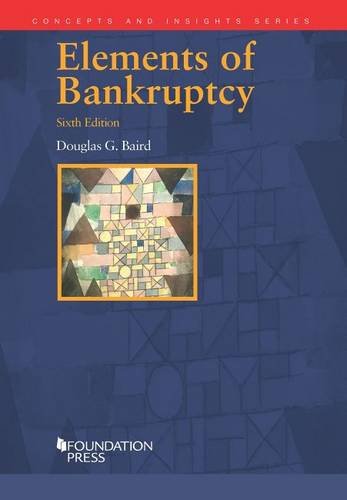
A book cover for Elements of Bankruptcy (Concepts and Insights); Douglas Baird; Law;